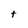
Character: t